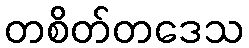
တစိတ်တဒေသ